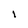
Character: I